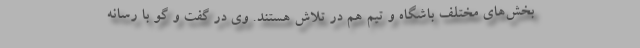
بخش‌های مختلف باشگاه و تیم هم در تلاش هستند. وی در گفت و گو با رسانه